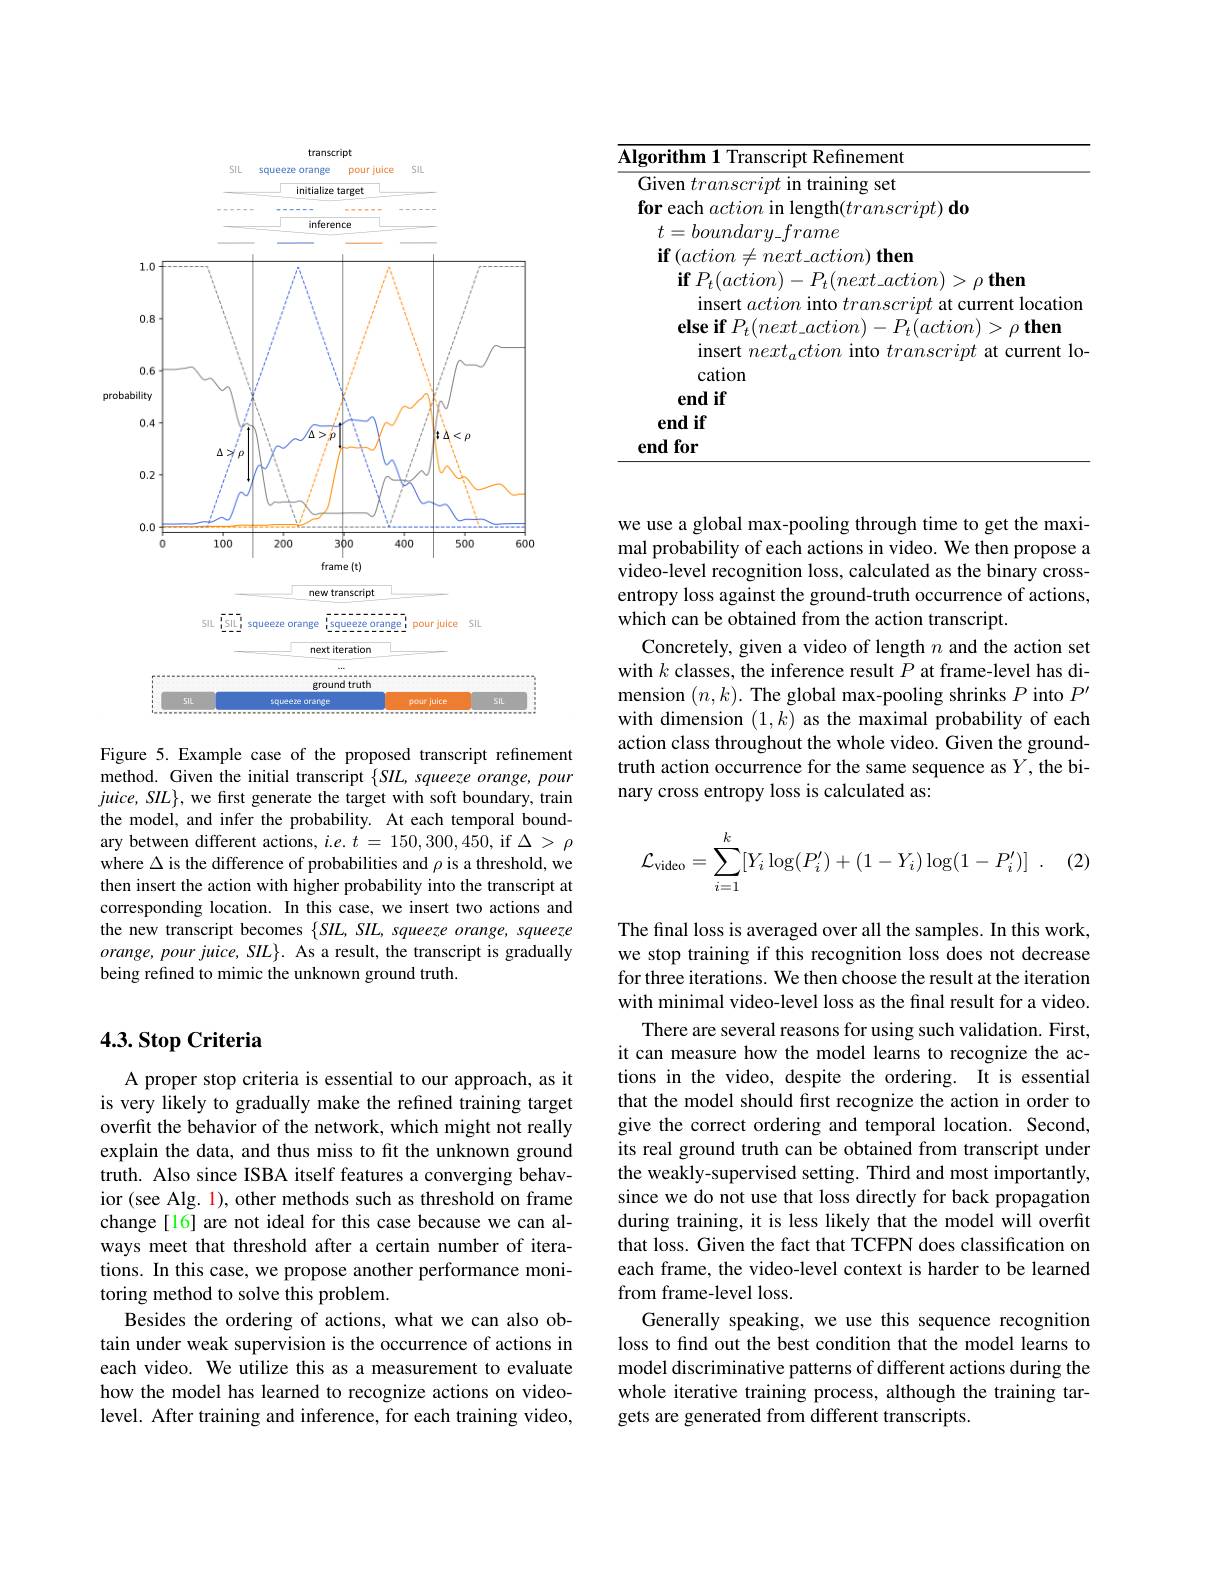
<table>
	<tbody>
		<tr>
			<td>1</td>
			<td>Algorithm 1 Transcript Refinement</td>
			<td>ithm 1 Transcript Refinement</td>
		</tr>
	</tbody>
</table>

<FigureHere>

Figure 5. Example case of the proposed transcript refinement method. Given the initial transcript $\{SIL$, squeeze orange, pour $juice,SIL\}$, we first generate the target with soft boundary, train the model, and infer the probability. At each temporal boundary between different actions, $i.e.t=150,300,450$, if $\Delta>\rho$ where $\Delta$ is the difference of probabilities and $\rho$ is a threshold, we then insert the action with higher probability into the transcript at corresponding location. In this case, we insert two actions and the new transcript becomes $\{SIL,SIL$, squeeze orange, squeeze $orange,pourjuice,SIL\}.$ As a result, the transcript is gradually being refined to mimic the unknown ground truth.

we use a global max-pooling through time to get the maximal probability of each actions in video. We then propose a video-level recognition loss, calculated as the binary crossentropy loss against the ground-truth occurrence of actions, which can be obtained from the action transcript.
Concretely, given a video of length $n$ and the action set with $k$ classes, the inference result $P$ at frame-level has dimension $(n,k).$ The global max-pooling shrinks $P$ into $P^\prime$ with dimension $(1,k)$ as the maximal probability of each action class throughout the whole video. Given the groundtruth action occurrence for the same sequence as $Y$, the binary cross entropy loss is calculated as:
$$\mathcal{L}_{\text{video}}=\sum_{i=1}^k[Y_i\log(P_i')+(1-Y_i)\log(1-P_i')]\:.$$
The final loss is averaged over all the samples. In this work, we stop training if this recognition loss does not decrease for three iterations. We then choose the result at the iteration with minimal video-level loss as the final result for a video.
There are several reasons for using such validation. First, it can measure how the model learns to recognize the actions in the video, despite the ordering. It is essential that the model should first recognize the action in order to give the correct ordering and temporal location. Second, its real ground truth can be obtained from transcript under the weakly-supervised setting. Third and most importantly, since we do not use that loss directly for back propagation during training, it is less likely that the model will overfit that loss. Given the fact that TCFPN does classification on each frame, the video-level context is harder to be learned from frame-level loss.
Generally speaking, we use this sequence recognition loss to find out the best condition that the model learns to model discriminative patterns of different actions during the whole iterative training process, although the training targets are generated from different transcripts.

## $4. 3. \textbf{Stop Criteria}$

A proper stop criteria is essential to our approach, as it is very likely to gradually make the refined training target overfit the behavior of the network, which might not really explain the data, and thus miss to fit the unknown ground truth. Also since ISBA itself features a converging behavior (see Alg. 1), other methods such as threshold on frame change[16] are not ideal for this case because we can always meet that threshold after a certain number of iterations. In this case, we propose another performance monitoring method to solve this problem.
Besides the ordering of actions, what we can also obtain under weak supervision is the occurrence of actions in each video. We utilize this as a measurement to evaluate how the model has learned to recognize actions on videolevel. After training and inference, for each training video,